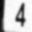
Digit: 4